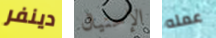
دينفر الإحتيال عمله